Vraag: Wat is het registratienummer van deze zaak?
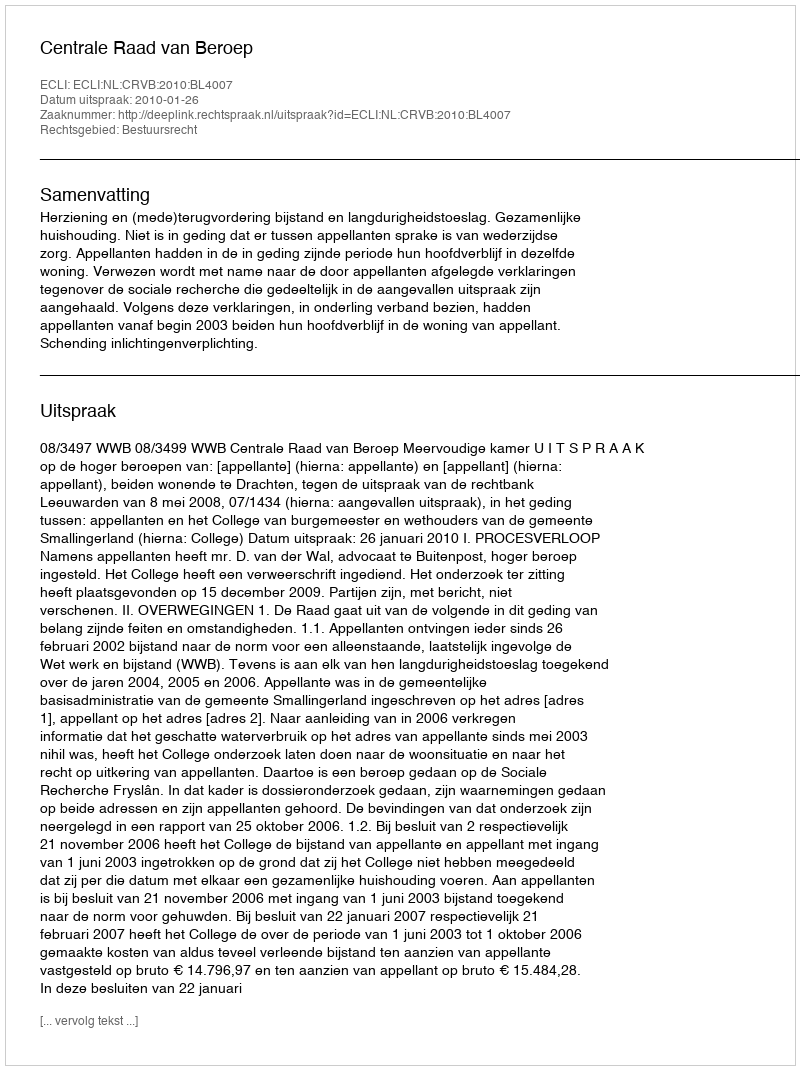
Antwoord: http://deeplink.rechtspraak.nl/uitspraak?id=ECLI:NL:CRVB:2010:BL4007